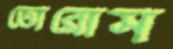
তোরোস